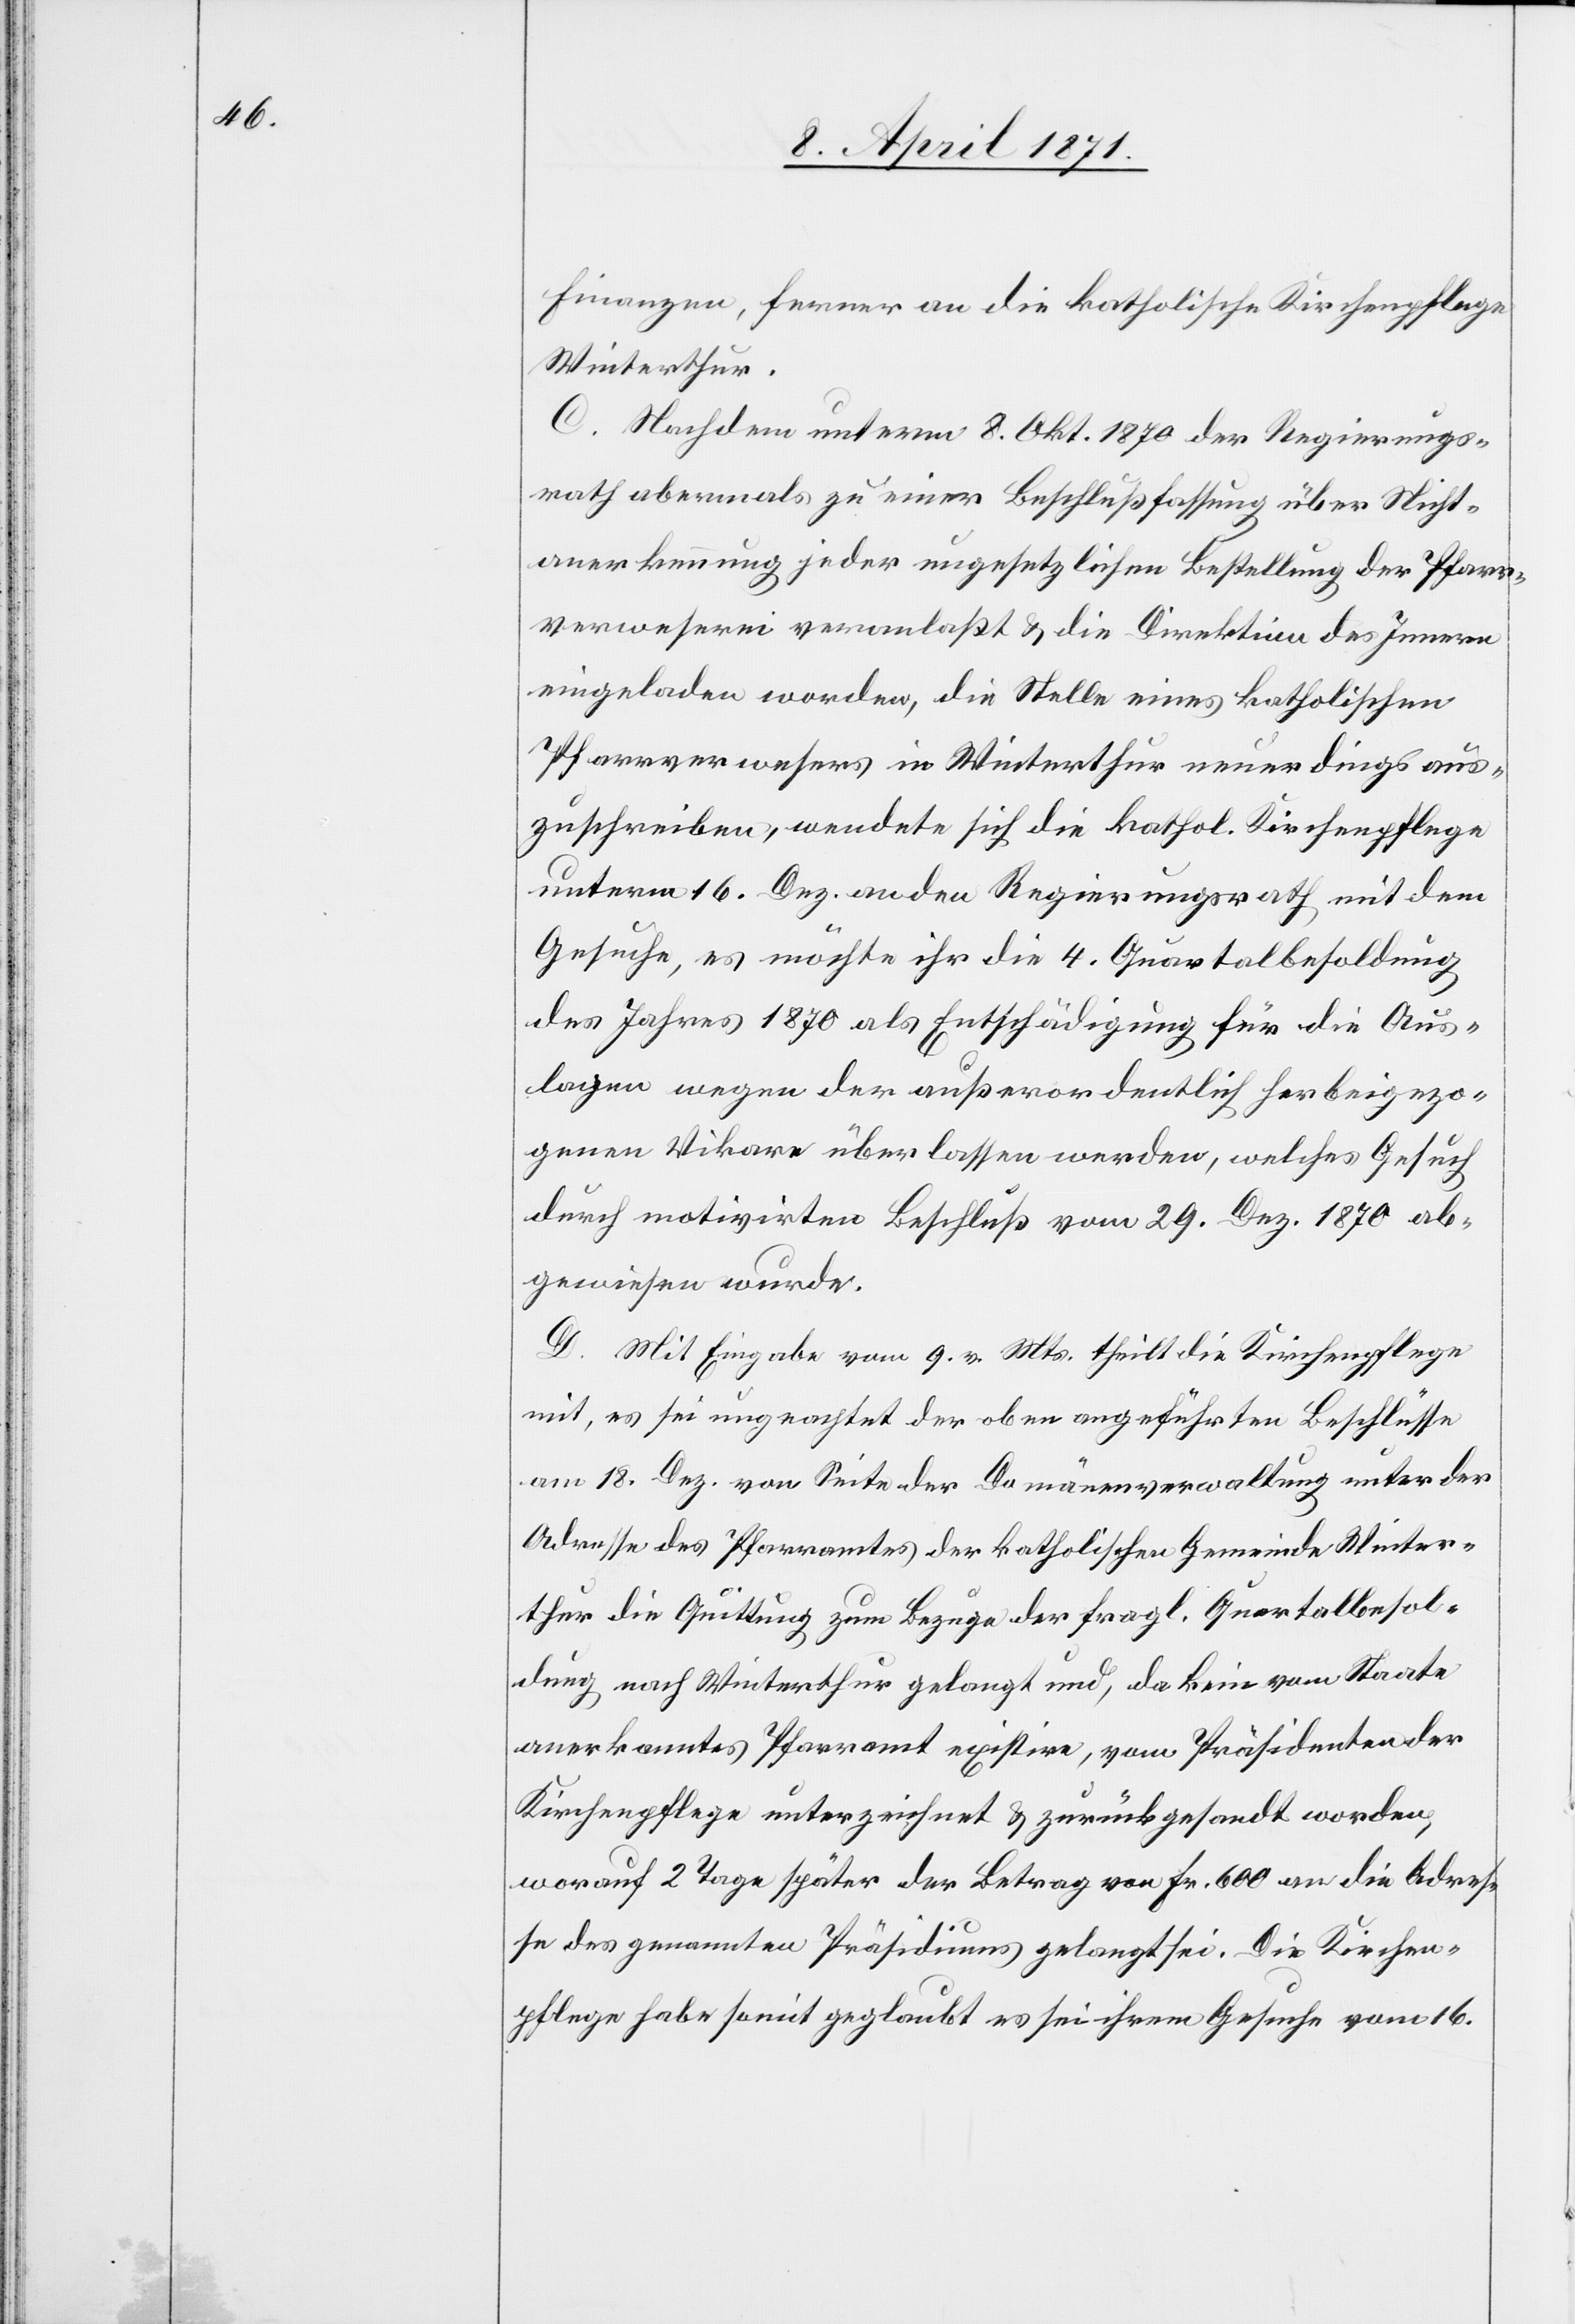
Finanzen, ferner an die katholische Kirchenpflege
Winterthur.
C. Nachdem unterm 8. Okt. 1870 der Regierungs¬
rath abermals zu einer Beschlußfassung über Nicht¬
anerkennung jeder ungesetzlichen Bestellung der Pfarr¬
verweserei veranlaßt u. die Direktion des Innern
eingeladen worden, die Stelle eines katholischen
Pfarrverwesers in Winterthur neuerdings aus¬
zuschreiben, wendete sich die kathol. Kirchenpflege
unterm 16. Dez. an den Regierungsrath mit dem
Gesuche, es möchte ihr die 4. Quartalbesoldung
des Jahres 1870 als Entschädigung für die Aus¬
lagen wegen der außerordentlich herbeigezo¬
genen Vikare überlassen werden, welches Gesuch
durch motivirten Beschluß vom 29. Dez. 1870 ab¬
gewiesen wurde.
D. Mit Eingabe vom 9. v. Mts. theilt die Kirchenpflege
mit, es sei ungeachtet der oben angeführten Beschlüsse
am 18. Dez. von Seite der Domänenverwaltung unter der
Adresse des Pfarramtes der katholischen Gemeinde Winter¬
thur die Quittung zum Bezuge der fragl. Quartalbesol¬
dung nach Winterthur gelangt und, da kein vom Staate
anerkanntes Pfarramt existire, vom Präsidenten der
Kirchenpflege unterzeichnet u. zurückgesandt worden,
worauf 2 Tage später der Betrag von Fr. 600 an die Adres¬
se des genannten Präsidiums gelangt sei. Die Kirchen¬
pflege habe somit geglaubt es sei ihrem Gesuche vom 16.